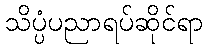
သိပ္ပံပညာရပ်ဆိုင်ရာ